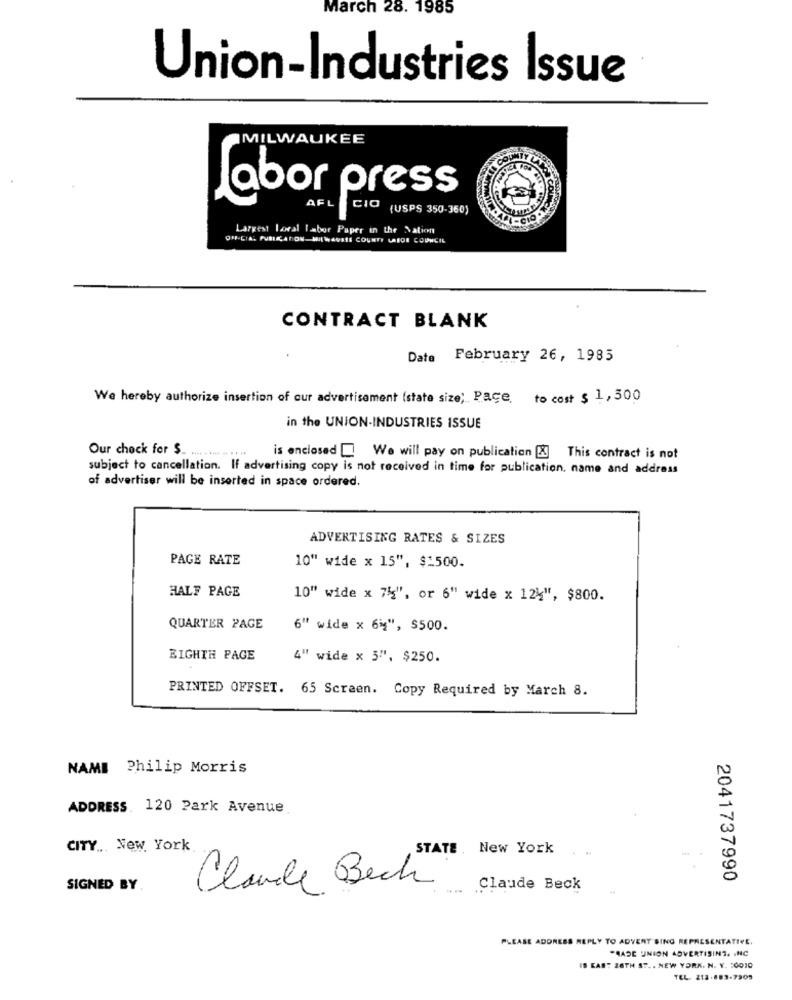
March 28. 1985
Union-Industries Issue
MILWAUKEE
Labor press
Com
(USPS 350-360)
Largest Local labor Paper in the Nation
QIF-CIAL PURIKATION WILWAVETE COUNTY LAIDE COUNCIL
CONTRACT BLANK
Date February 26, 1985
We hereby authorize insertion of cur advertisement (state size; Pace, to cost $ 1,500
in the UNION-INDUSTRIES ISSUE
Our chock for $.
is enclosed [ We will pay on publication &] This contract is not
subject to cancellation. If advertising copy is not received in time for publication, name and address
of advertiser will be inserted in space ordered.
ADVERTISING RATES & SIZES
PAGE RATE
10" wide x 15", $1500.
HALF PAGE
10" wide x 75", or 6" wide x 124", $800.
QUARTER PAGE
6" wide x 64", $500.
EIGHTH PAGE
4" wide x 5", $250.
PRINTED OFFSET. 65 Screen. Copy Required by March 8.
NAME Philip Morris
ADDRESS. 120 Park Avenue
CITY ... New York
STATE. New York
2041737990
SIGNED BY
Claude Beck
Claude Beck
PLEASE ADDRESS REPLY TO ADVERT SING REPRESENTATIVE.
"HADE UNION ADVERTISING, INC
IS KAS? 26TH ST. . NEW YORK. N. Y. : 0010
TEL. 213-883-7905